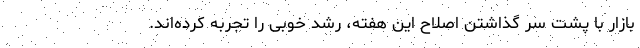
بازار با پشت سر گذاشتن اصلاح این هفته، رشد خوبی را تجربه کرده‌اند.